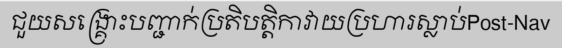
ជួយសង្គ្រោះបញ្ជាក់ប្រតិបត្តិកាវាយប្រហារស្លាប់Post-Nav